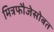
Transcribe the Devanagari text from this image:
मित्रफौजेसोबत